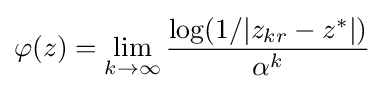
\varphi (z)=\lim _{k\to \infty }{\frac {\log(1/|z_{kr}-z^{*}|)}{\alpha ^{k}}}